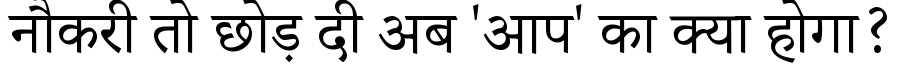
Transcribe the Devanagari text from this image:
नौकरी तो छोड़ दी अब 'आप' का क्या होगा?